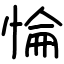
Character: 惀